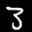
Label: 3